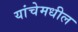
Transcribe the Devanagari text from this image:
यांचेमधील